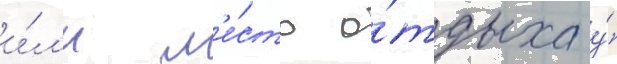
и́л'и м'е́сто о́тдыха у́